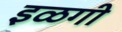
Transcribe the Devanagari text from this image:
इळगी